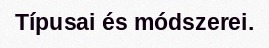
Típusai és módszerei.